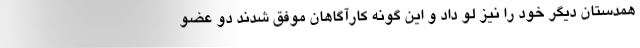
همدستان دیگر خود را نیز لو داد و این گونه کارآگاهان موفق شدند دو عضو